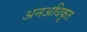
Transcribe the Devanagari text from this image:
अनअधिकृत